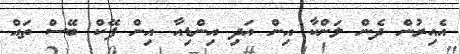
އެއިރުން ދެން ލަންކާ އިން އަދި އިންޑިއާ އިން ފޭކް ބޭސް ތައް